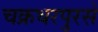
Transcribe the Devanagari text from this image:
चक्रधरपुरसे